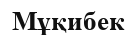
Мұқибек